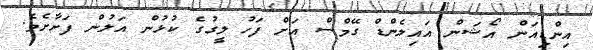
އިންޑިއަން އޯޝަން އައިލެންޑް ގޭމްސް އަށް ފަހު ލީގުގެ ކުޅުން އަލުން ފަށާށެވެ.